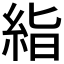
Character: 𥿻